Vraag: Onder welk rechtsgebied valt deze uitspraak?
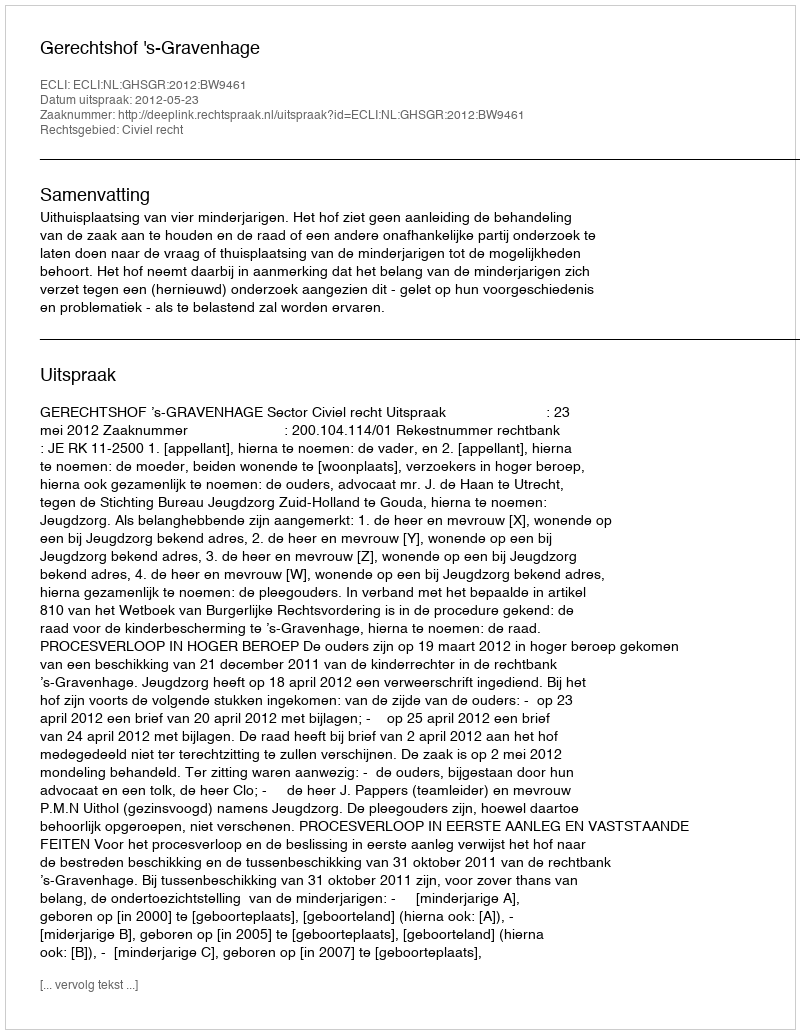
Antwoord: Civiel recht